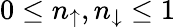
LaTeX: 0\leq n_{\uparrow},n_{\downarrow}\leq 1